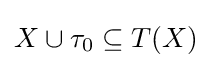
X\cup \tau _{0}\subseteq T(X)